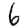
Digit: 6